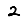
Digit: 2